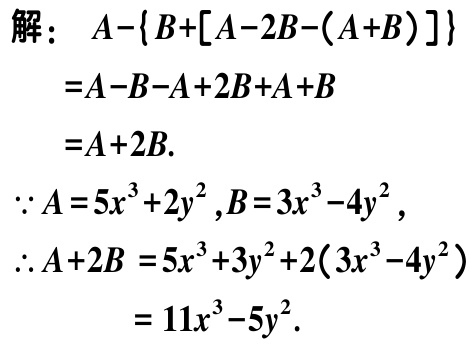
解：
\[
\begin{align*}
&A-\{B+[A - 2B-(A + B)]\}\\
=&A - B - A + 2B+A + B\\
=&A + 2B.
\end{align*}
\]
\(\because A = 5x^{3}+2y^{2},B = 3x^{3}-4y^{2}\)，
\(\therefore A + 2B=5x^{3}+3y^{2}+2(3x^{3}-4y^{2})\)
\(=11x^{3}-5y^{2}\).